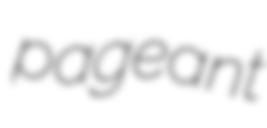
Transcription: pageant